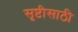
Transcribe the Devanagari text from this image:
सृष्टीसाठी